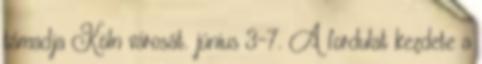
támadja Köln városát. június 3-7. A fordulat kezdete a